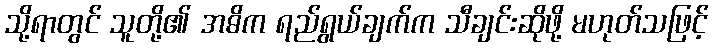
သို့ရာတွင် သူတို့၏ အဓိက ရည်ရွယ်ချက်က သီချင်းဆိုဖို့ မဟုတ်သဖြင့်